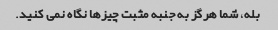
بله، شما هرگز به جنبه مثبت چیزها نگاه نمی کنید.